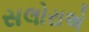
સલોરાએ